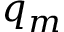
q _ { m }